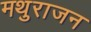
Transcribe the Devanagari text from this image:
मथुराजन